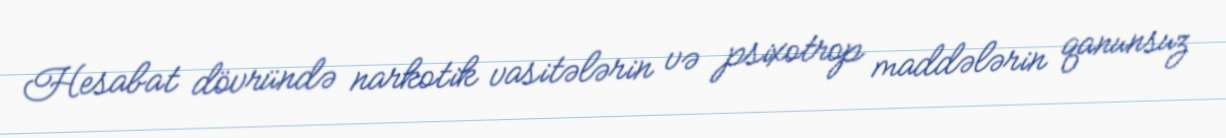
Hesabat dövründə narkotik vasitələrin və psixotrop maddələrin qanunsuz